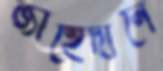
জাহেদানে